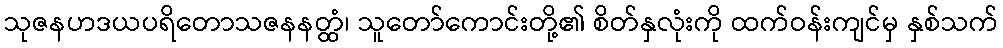
သုဇနဟဒယပရိတောသဇနနတ္ထံ၊ သူတော်ကောင်းတို့၏ စိတ်နှလုံးကို ထက်ဝန်းကျင်မှ နှစ်သက်